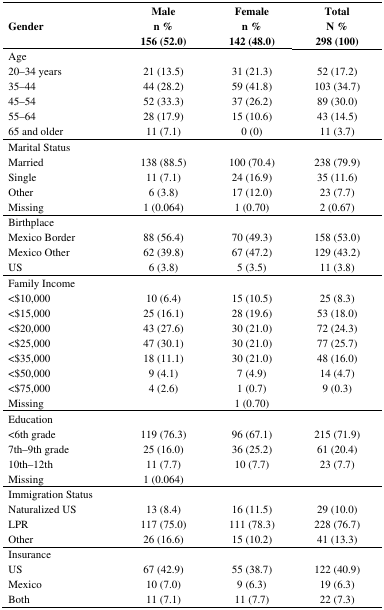
<table><thead><tr><td><b>Gender</b></td><td><b>Male n %156 (52.0)</b></td><td><b>Female n %142 (48.0)</b></td><td><b>Total N %298 (100)</b></td></tr></thead><tbody><tr><td>Age</td><td></td><td></td><td></td></tr><tr><td>20-34 years</td><td>21 (13.5)</td><td>31 (21.3)</td><td>52 (17.2)</td></tr><tr><td>35-44</td><td>44 (28.2)</td><td>59 (41.8)</td><td>103 (34.7)</td></tr><tr><td>45-54</td><td>52 (33.3)</td><td>37 (26.2)</td><td>89 (30.0)</td></tr><tr><td>55-64</td><td>28 (17.9)</td><td>15 (10.6)</td><td>43 (14.5)</td></tr><tr><td>65 and older</td><td>11 (7.1)</td><td>0 (0)</td><td>11 (3.7)</td></tr><tr><td>Marital Status</td><td></td><td></td><td></td></tr><tr><td>Married</td><td>138 (88.5)</td><td>100 (70.4)</td><td>238 (79.9)</td></tr><tr><td>Single</td><td>11 (7.1)</td><td>24 (16.9)</td><td>35 (11.6)</td></tr><tr><td>Other</td><td>6 (3.8)</td><td>17 (12.0)</td><td>23 (7.7)</td></tr><tr><td>Missing</td><td>1 (0.064)</td><td>1 (0.70)</td><td>2 (0.67)</td></tr><tr><td>Birthplace</td><td></td><td></td><td></td></tr><tr><td>Mexico Border</td><td>88 (56.4)</td><td>70 (49.3)</td><td>158 (53.0)</td></tr><tr><td>Mexico Other</td><td>62 (39.8)</td><td>67 (47.2)</td><td>129 (43.2)</td></tr><tr><td>US</td><td>6 (3.8)</td><td>5 (3.5)</td><td>11 (3.8)</td></tr><tr><td>Family Income </td><td></td><td></td><td></td></tr><tr><td>&lt;$10,000</td><td>10 (6.4)</td><td>15 (10.5)</td><td>25 (8.3)</td></tr><tr><td>&lt;$15,000</td><td>25 (16.1)</td><td>28 (19.6)</td><td>53 (18.0)</td></tr><tr><td>&lt;$20,000</td><td>43 (27.6)</td><td>30 (21.0)</td><td>72 (24.3)</td></tr><tr><td>&lt;$25,000</td><td>47 (30.1)</td><td>30 (21.0)</td><td>77 (25.7)</td></tr><tr><td>&lt;$35,000</td><td>18 (11.1)</td><td>30 (21.0)</td><td>48 (16.0)</td></tr><tr><td>&lt;$50,000</td><td>9 (4.1)</td><td>7 (4.9)</td><td>14 (4.7)</td></tr><tr><td>&lt;$75,000</td><td>4 (2.6)</td><td>1 (0.7)</td><td>9 (0.3)</td></tr><tr><td>Missing</td><td></td><td>1 (0.70)</td><td></td></tr><tr><td>Education</td><td></td><td></td><td></td></tr><tr><td>&lt;6th grade</td><td>119 (76.3)</td><td>96 (67.1)</td><td>215 (71.9)</td></tr><tr><td>7th-9th grade</td><td>25 (16.0)</td><td>36 (25.2)</td><td>61 (20.4)</td></tr><tr><td>10th-12th</td><td>11 (7.7)</td><td>10 (7.7)</td><td>23 (7.7)</td></tr><tr><td>Missing</td><td>1 (0.064)</td><td></td><td></td></tr><tr><td>Immigration Status</td><td></td><td></td><td></td></tr><tr><td>Naturalized US</td><td>13 (8.4)</td><td>16 (11.5)</td><td>29 (10.0)</td></tr><tr><td>LPR</td><td>117 (75.0)</td><td>111 (78.3)</td><td>228 (76.7)</td></tr><tr><td>Other</td><td>26 (16.6)</td><td>15 (10.2)</td><td>41 (13.3)</td></tr><tr><td>Insurance</td><td></td><td></td><td></td></tr><tr><td>US</td><td>67 (42.9)</td><td>55 (38.7)</td><td>122 (40.9)</td></tr><tr><td>Mexico</td><td>10 (7.0)</td><td>9 (6.3)</td><td>19 (6.3)</td></tr><tr><td>Both</td><td>11 (7.1)</td><td>11 (7.7)</td><td>22 (7.3)</td></tr></tbody></table>